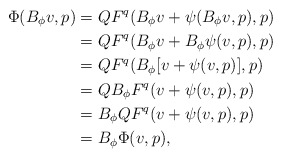
\begin{align*}\Phi(B_\phi v,p) &= QF^q(B_\phi v + \psi(B_\phi v, p), p)\\&=QF^q(B_\phi v + B_\phi\psi(v,p),p)\\&=QF^q(B_\phi[v+\psi(v,p)],p)\\&=QB_\phi F^q(v + \psi(v,p),p)\\&=B_\phi QF^q(v + \psi(v,p),p)\\&=B_\phi \Phi(v,p),\end{align*}